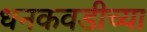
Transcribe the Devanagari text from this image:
धनकवडीच्या